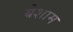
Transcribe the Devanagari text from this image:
बेशाम